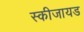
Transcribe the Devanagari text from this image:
स्कीजायड